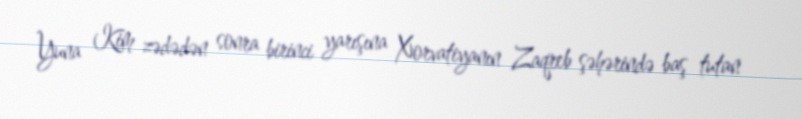
Yuna Kim zədədən sonra birinci yarışına Xorvatiyanın Zaqreb şəhərində baş tutan